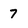
Character: 7